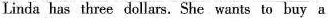
Linda has three dollars. She wants to buy a